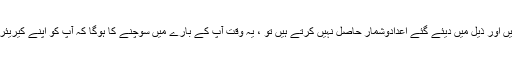
اگر آپ اپنی ملازمت سے نفرت کرتے ہیں اور ذیل میں دیئے گئے اعدادوشمار حاصل نہیں کرتے ہیں تو ، یہ وقت آپ کے بارے میں سوچنے کا ہوگا کہ آپ کو اپنے کیریئر میں کیا تبدیلیاں لانے کی ضرورت ہے۔